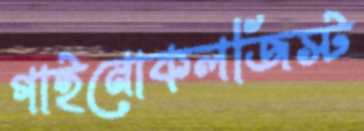
গাইনোকলজিস্ট